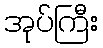
အုပ်ကြီး